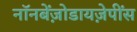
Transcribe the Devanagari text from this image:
नॉनबेंज़ोडायज़ेपींस